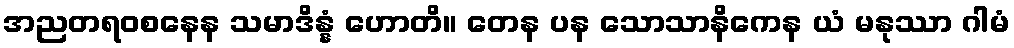
အညတရဝစနေန သမာဒိန္နံ ဟောတိ။ တေန ပန သောသာနိကေန ယံ မနုဿာ ဂါမံ